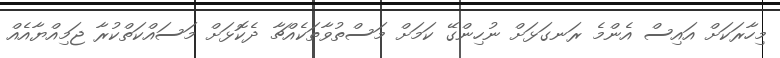
މިހާރަކަށް އައިސް އެންމެ ރަނގަޅަށް ނުހިންގޭ ކަމަށް މަސްތުވާތަކެއްޗާ ދެކޮޅަށް މަސައްކަތްކުރާ ޖަމިއްޔާއެއް